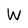
Character: W